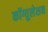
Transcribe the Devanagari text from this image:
कॉग्युलेशन